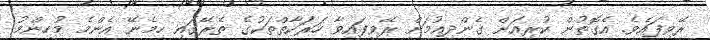
ރޭވިފައެވެ. އެގޮތުން ކުރިއަށް ގެންދިއުމަށް ރޭވިފައިވާ ހަރަކާތްތަކުގެ ތެރޭގައި ހިމެނޭ އެންމެ މުހިންމު